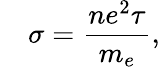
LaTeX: \quad\sigma={\frac{ne^{2}\tau}{m_{e}}},